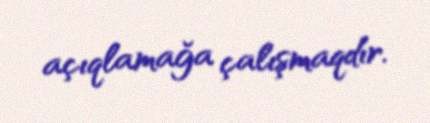
açıqlamağa çalışmaqdır.